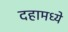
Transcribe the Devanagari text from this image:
दहामध्ये